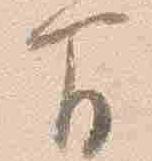
間